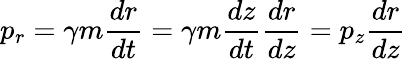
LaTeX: \displaystyle{p_{r}=\gamma m\frac{dr}{dt}=\gamma m\frac{dz}{dt}\frac{dr}{dz}=p_{z}\frac{dr}{dz}}